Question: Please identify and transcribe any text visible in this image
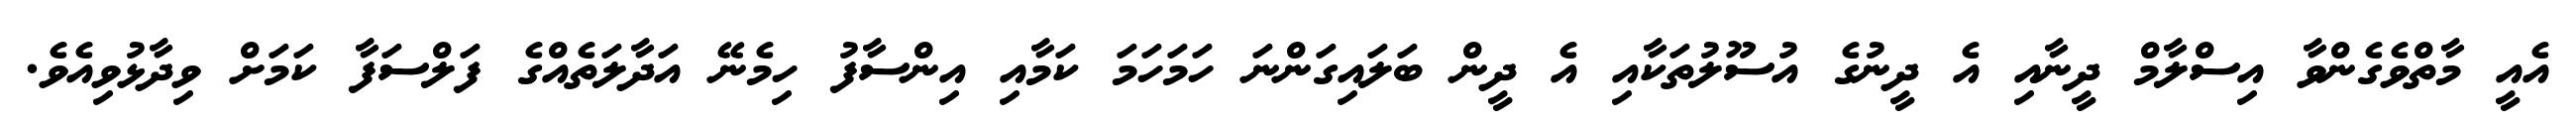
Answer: އެއީ މާތްވެގެންވާ އިސްލާމް ދީނާއި އެ ދީނުގެ އުސޫލުތަކާއި އެ ދީން ބަލައިގަންނަ ހަމަހަމަ ކަމާއި އިންސާފު ހިމެނޭ އަދާލަތެއްގެ ފަލްސަފާ ކަމަށް ވިދާޅުވިއެވެ.